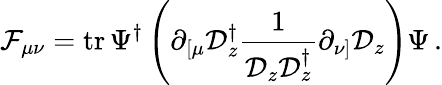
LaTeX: \mathcal{F}_{\mu\nu}=\mathrm{{tr}}\, \Psi^{\dagger}\left(\partial_{\left[\mu\right.}\mathcal{{D}}_{z}^{\dagger}\frac{{1}}{{\mathcal{{D}}_{z}\mathcal{{D}}_{z}^{\dagger}}}\partial_{\left.\nu\right]}\mathcal{{D}}_{z}\right)\Psi\, .